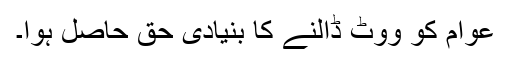
عوام کو ووٹ ڈالنے کا بنیادی حق حاصل ہوا۔